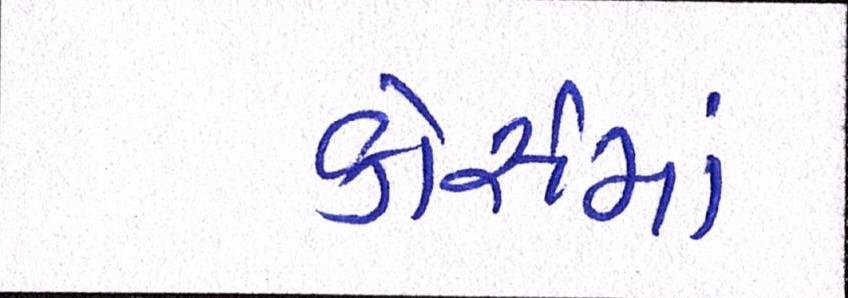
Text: કોસૅમાં